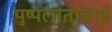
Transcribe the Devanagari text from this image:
पुष्पलाताबाई